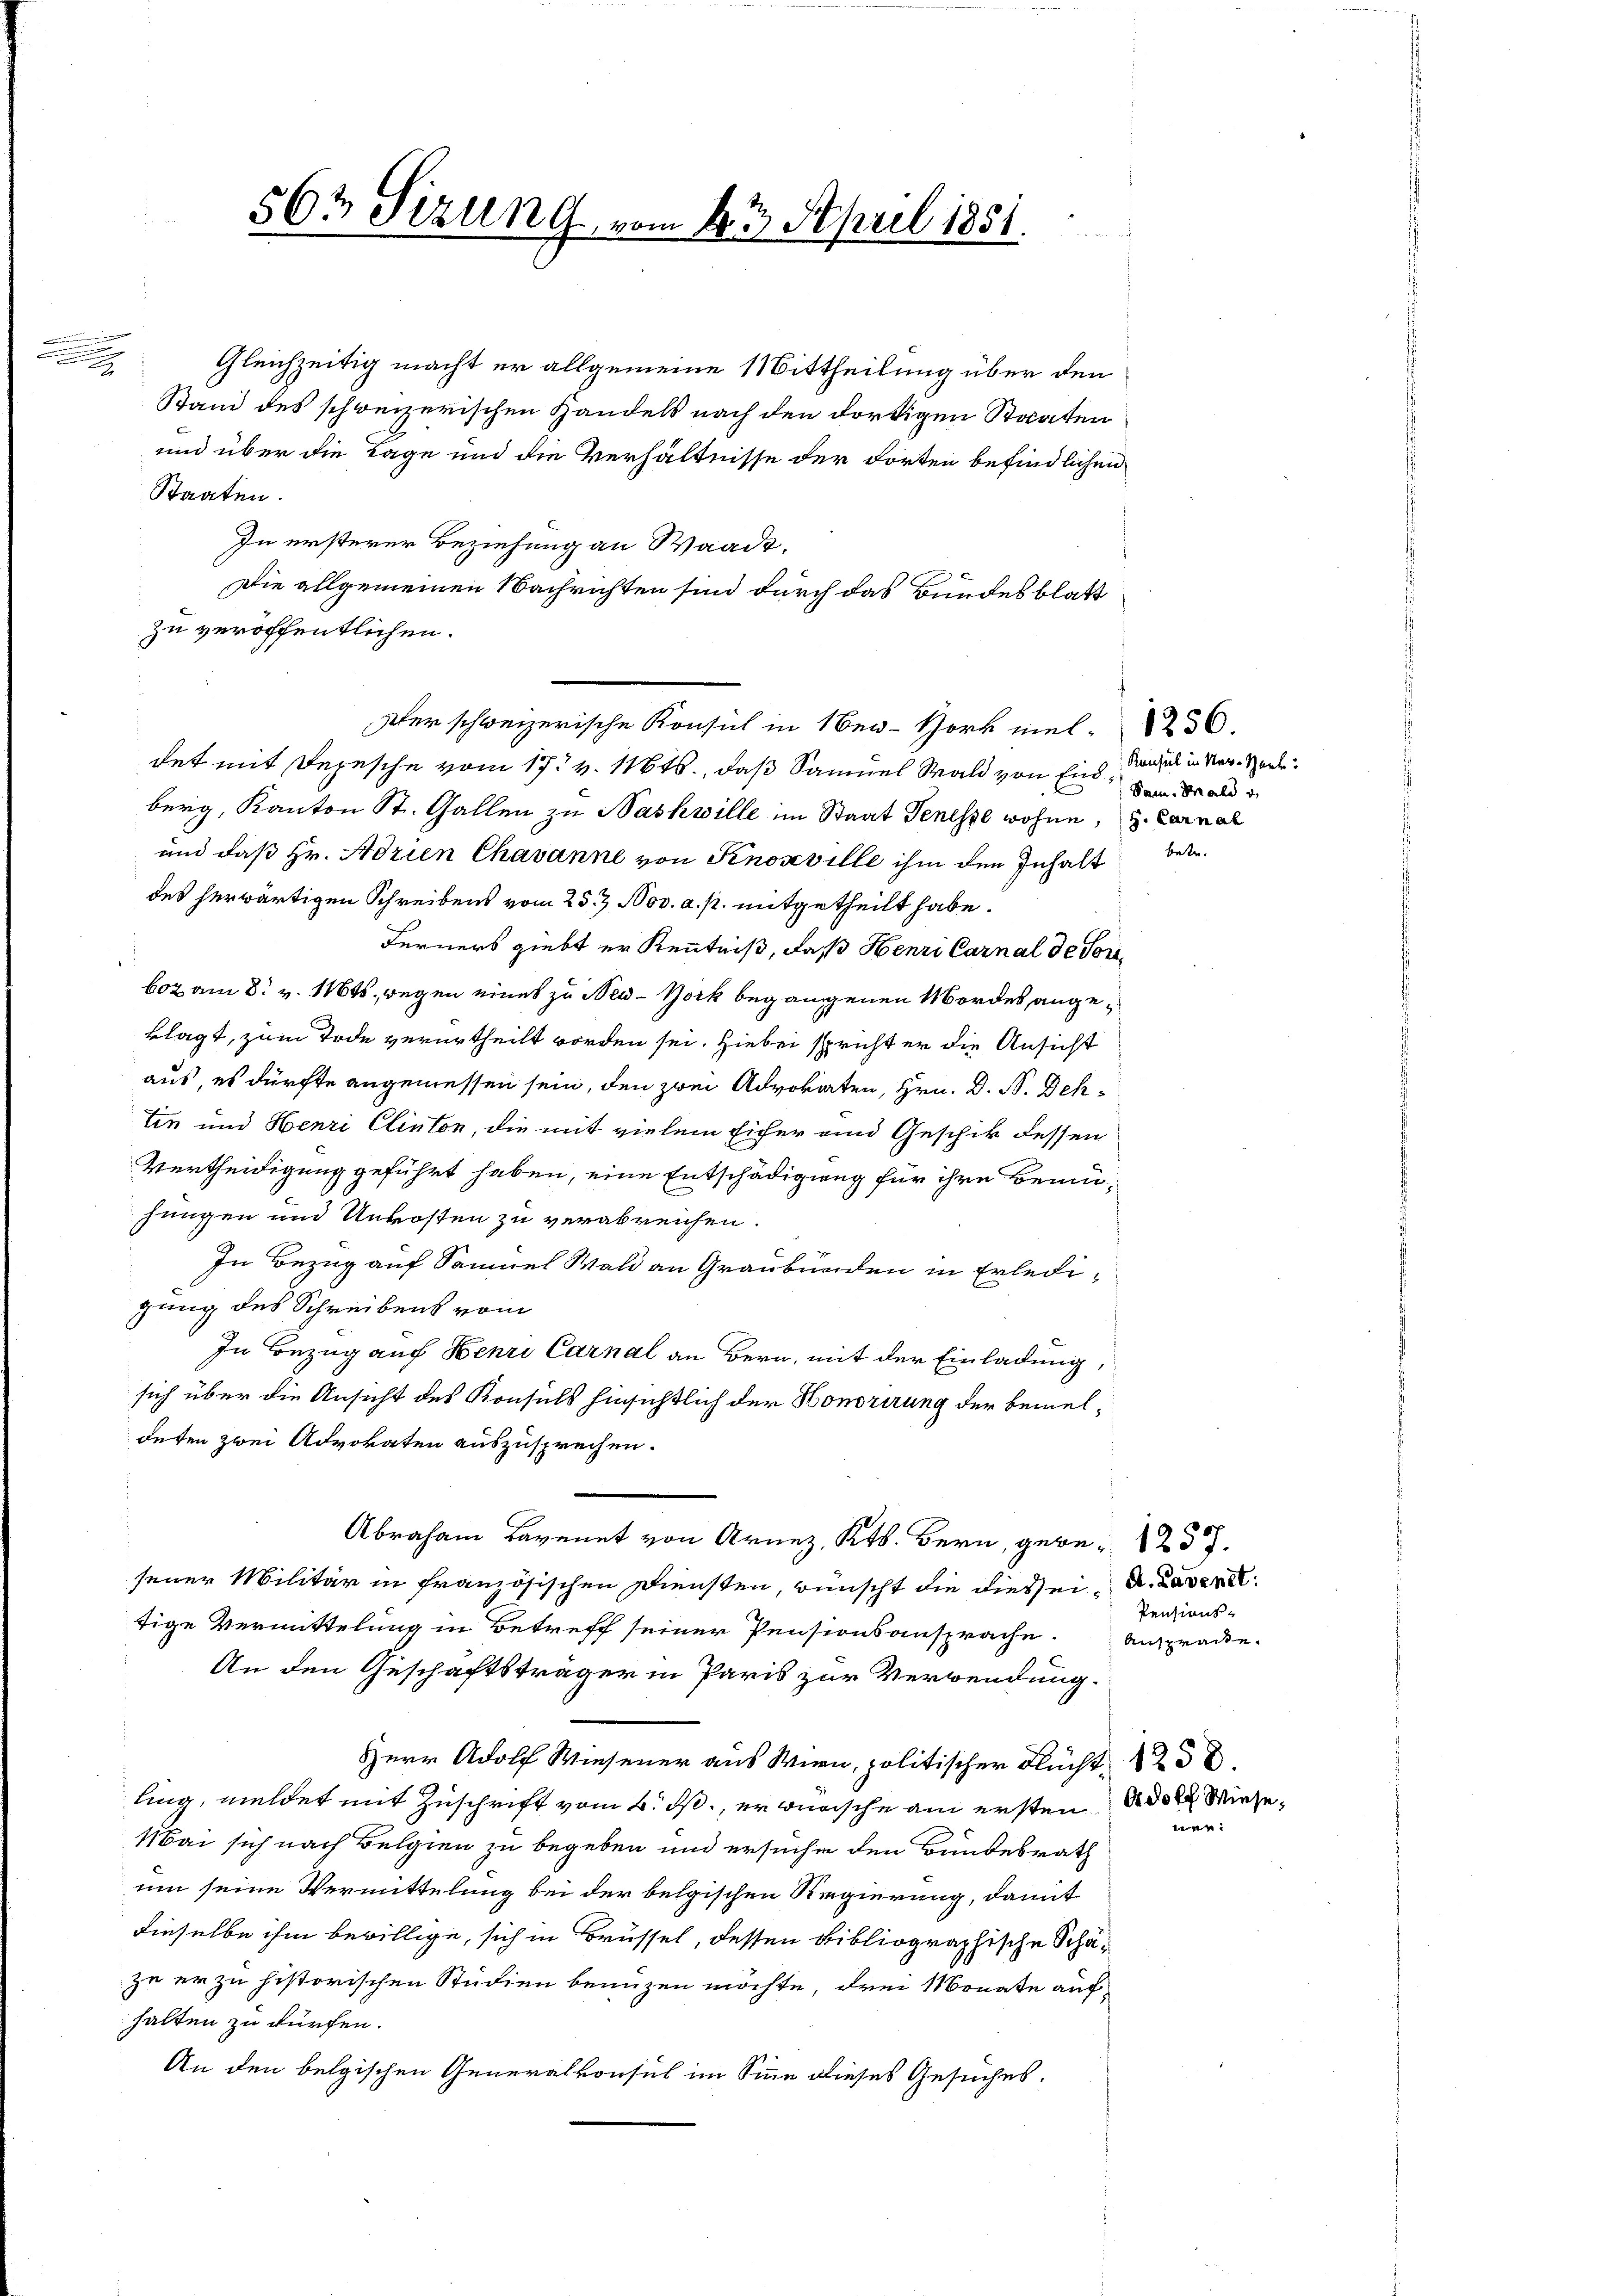
.
2

562 Sizung, vom 4ten April 1851.

Gleichzeitig macht er allgemeine Mittheilung über den
Stand des schweizerischen Handels nach den dortigen Staaten
und über die Tage und die Verhältnisse der dorten befindlichen
Staaten.
In ersterer Beziehung an Waadt,
Die allgemeinen Nachrichten sind durch das Bundesblatt
zu veröffentlichen.
det mit Depesche vom 17. v. 11646., daß Samuel Wald von Enns, andel in der Herde.
berg, Kanton St. Gallen zu Nashwille im Staat Genesse wohne, u. Carnal
und daß Hr. Adrien Chavanne von Knosville ihm den Inhalt
des herwärtigen Schreibens vom 25. Nov. a. p. mitgetheilt habe.
Ferners giebt er Kenntniß, daß Henri Carnal de Sori¬
602 am 8. v. 116ts, wegen eines zu New-York begangenen Mordes angeklagt, zum Tode verurtheilt worden sei. Hiebei spricht er die Ansicht
aus, es dürfte angemessen sein, den zwei Advokaten, Hrn. D. B. Dehtin und Henri Clinton, die mit vielem Eicher ein Geschik dessen
Vertheidigung geführt haben, eine Entschädigung für ihre Bemüjungen und Unkosten zu verabreichen.
In Bezug auf Samuel Wald an Graubünden in Erledigung des Schreibens vom
In Bezug auf Henri Carnal an Bern, mit der Einladung,
sich über die Ansicht des Konsuls hinsichtlich der Honorirung der bemeldeten zwei Advokaten auszusprechen.
Abraham an von Arn, Kt. Bern, gebe
sener Militär in französischen Diensten, wünscht die dies sei d. Lavere
tige Vermittelung in Betreff seiner Pensionsansprache. Ansprache.
An den Geschäftsträger in Paris zur Verwendung.
Herr Adolf Wiesener aus Wern, politischer Flucht 28
ling, meldet mit Zuschrift vom 6. ds., er wirsche am ersten
Mai sich nach Belgien zu begeben und ersuche den Bundesrath
um seine Vermittelung bei der belgischen Regierung, damit
dieselbe ihm bewillige, sich in Brüssel, dessen bibliographische Schäzu er zu historischen Studien benuzen möchte, drei Monate auf
halten zu dürfen.
An den belgischen Generalkonsul im Sinn dieses Gesuches.

Der schweizerische Konsul in New-York viel 236.

Sam. Male d

betr.

Pensions-
Adolf Wiese,
wen